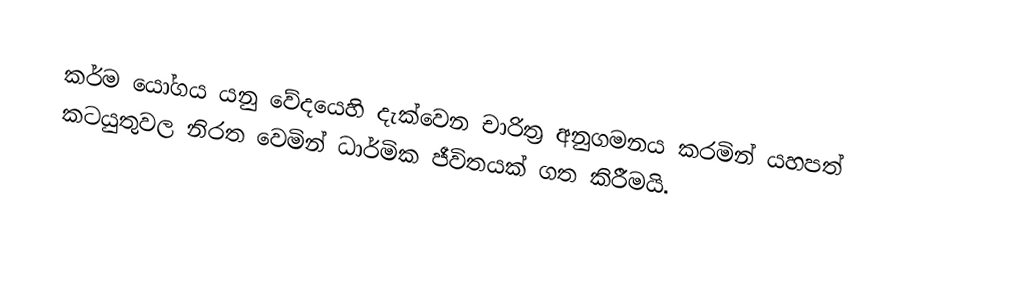
කර්ම යෝගය යනු වේදයෙහි දැක්වෙන චාරිත්‍ර අනුගමනය කරමින් යහපත් කටයුතුවල නිරත වෙමින් ධාර්මික ජීවිතයක් ගත කිරීමයි.